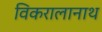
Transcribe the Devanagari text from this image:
विकरालानाथ